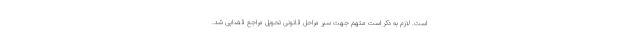
است. لازم به ذکر است متهم جهت سیر مراحل قانونی تحویل مراجع قضایی شد.